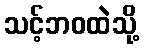
သင့်ဘဝထဲသို့